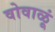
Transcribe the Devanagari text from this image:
वोवाळूं